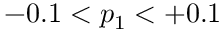
- 0 . 1 < p _ { 1 } < + 0 . 1